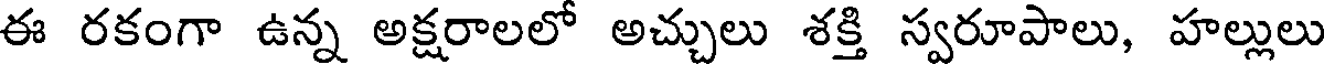
ఈ రకంగా ఉన్న అక్షరాలలో అచ్చులు శక్తి స్వరూపాలు, హల్లులు